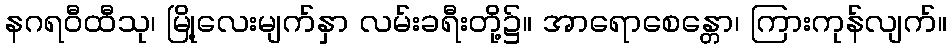
နဂရဝီထီသု၊ မြို့လေးမျက်နှာ လမ်းခရီးတို့၌။ အာရောစေန္တော၊ ကြားကုန်လျက်။